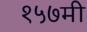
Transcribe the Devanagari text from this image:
१५७मी